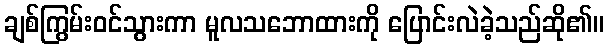
ချစ်ကြွမ်းဝင်သွားကာ မူလသဘောထားကို ပြောင်းလဲခဲ့သည်ဆို၏။